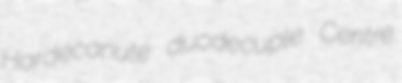
Hardecanute duodecuple Centre